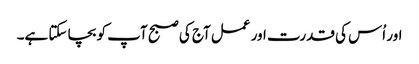
اور اُس کی قدرت اور عمل آج کی صبح آپ کو بچا سکتا ہے۔